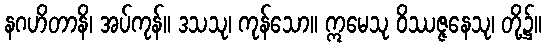
နဂဟိတာနိ၊ အပ်ကုန်။ ဒသသု၊ ကုန်သော။ ဣမေသု ဝိဿဇ္ဇနေသု၊ တို့၌။